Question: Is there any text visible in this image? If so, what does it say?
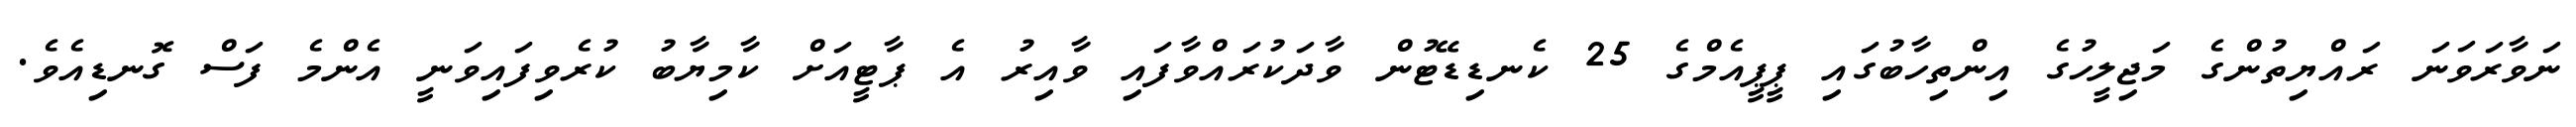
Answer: ނަވާރަވަނަ ރައްޔިތުންގެ މަޖިލީހުގެ އިންތިހާބުގައި ޕީޕީއެމްގެ 25 ކެނޑިޑޭޓުން ވާދަކުރައްވާފައި ވާއިރު އެ ޕާޓީއަށް ކާމިޔާބު ކުރެވިފައިވަނީ އެންމެ ފަސް ގޮނޑިއެވެ.